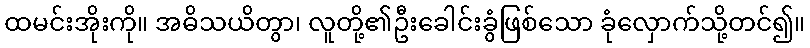
ထမင်းအိုးကို။ အဓိသယိတွာ၊ လူတို့၏ဦးခေါင်းခွံဖြစ်သော ခုံလှောက်သို့တင်၍။